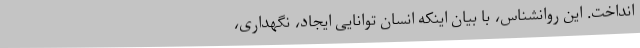
انداخت. این روانشناس، با بیان اینکه انسان توانایی ایجاد، نگهداری،